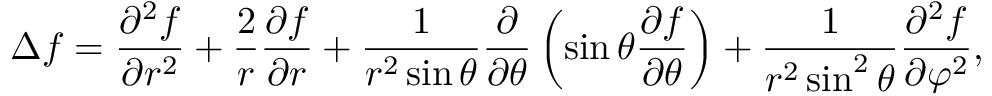
\Delta f = { \frac { \partial ^ { 2 } f } { \partial r ^ { 2 } } } + { \frac { 2 } { r } } { \frac { \partial f } { \partial r } } + { \frac { 1 } { r ^ { 2 } \sin \theta } } { \frac { \partial } { \partial \theta } } \left( \sin \theta { \frac { \partial f } { \partial \theta } } \right) + { \frac { 1 } { r ^ { 2 } \sin ^ { 2 } \theta } } { \frac { \partial ^ { 2 } f } { \partial \varphi ^ { 2 } } } ,